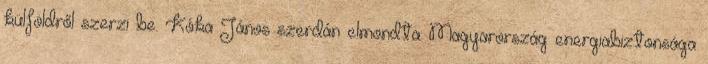
külföldről szerzi be. Kóka János szerdán elmondta: Magyarország energiabiztonsága